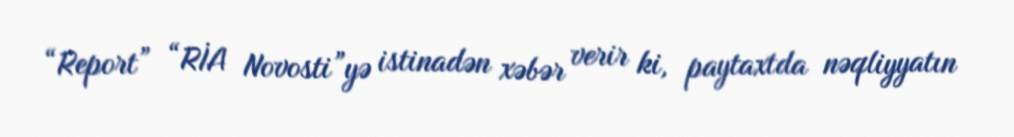
“Report” “RİA Novosti”yə istinadən xəbər verir ki, paytaxtda nəqliyyatın